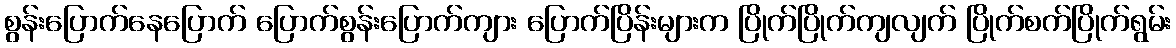
စွန်းပြောက်နေပြောက် ပြောက်စွန်းပြောက်ကျား ပြောက်ပြိန်းများက ပြိုက်ပြိုက်ကျလျက် ပြိုက်စက်ပြိုက်ရွမ်း